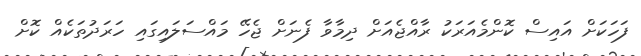
ފަހަކަށް އައިސް ކޮންމެއަރަކު ރާއްޖެއަށް ދިމާވާ ފެނަށް ޖެހޭ މައްސަލައިގައި ހަރަދުތަކެއް ކޮށް